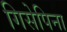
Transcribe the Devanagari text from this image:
गिसेपिना